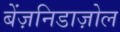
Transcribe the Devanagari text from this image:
बेंज़निडाज़ोल